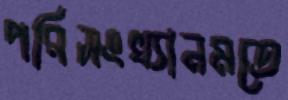
পরিসংখ্যানমতে